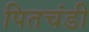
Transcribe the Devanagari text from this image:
पितचंडी